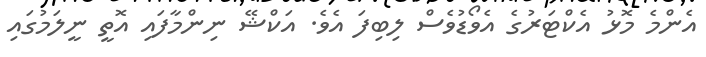
އެންމެ މޮޅު އެކްޓަރުގެ އެވޯޑުވެސް ލިބިފަ އެވެ. އަކްޝޭ ނިންމާފައި އޮތީ ނީލަމުގައި